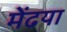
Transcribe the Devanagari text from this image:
मेंढया